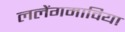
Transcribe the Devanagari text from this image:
ललेंगमाविया